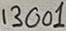
Text: 13001